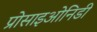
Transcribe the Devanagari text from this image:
प्रोसाइओनिडी